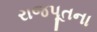
રાજપૂતના